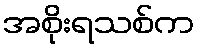
အစိုးရသစ်က